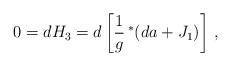
LaTeX: \begin{align*}0 = d H_3 = d \left [\frac{1}{g} \, \rule{0pt}{8pt}^*(d a + J_1) \right] \, ,\end{align*}